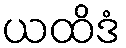
ယထိဒံ